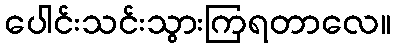
ပေါင်းသင်းသွားကြရတာလေ။